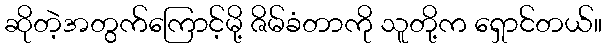
ဆိုတဲ့အတွက်ကြောင့်မို့ ဇိမ်ခံတာကို သူတို့က ရှောင်တယ်။